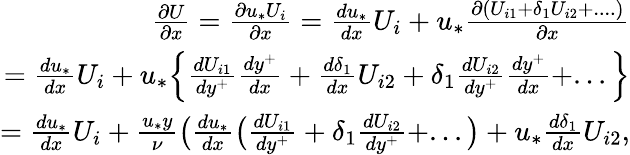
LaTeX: \begin{array}{r}{\frac{\partial U}{\partial x}=\frac{\partial u_{*}U_{i}}{\partial x}=\frac{du_{*}}{dx}U_{i}+u_{*}\frac{\partial(U_{i1}+{\delta_{1}}U_{i2}+....)}{\partial x}}\\ {=\frac{du_{*}}{dx}U_{i}+u_{*}\Big\{ \frac{dU_{i1}}{dy^{+}}\frac{dy^{+}}{dx}+\frac{d\delta_{1}}{dx}U_{i2}+\delta_{1}\frac{dU_{i2}}{dy^{+}}\frac{dy^{+}}{dx}+...\Big\} }\\ {=\frac{du_{*}}{dx}U_{i}+\frac{u_{*}y}{\nu}\big(\frac{du_{*}}{dx}\big(\frac{dU_{i1}}{dy^{+}}+\delta_{1}\frac{dU_{i2}}{dy^{+}}+...\big)+u_{*}\frac{d\delta_{1}}{dx}U_{i2},}\end{array}